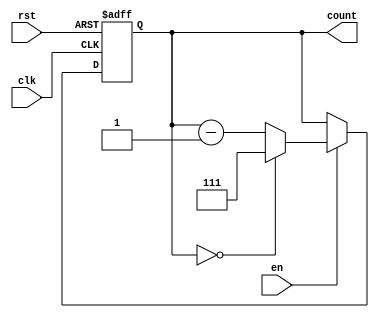
module DownCounterMoore (
    input wire clk,      // Clock input
    input wire rst,      // Asynchronous reset (active high)
    input wire en,       // Enable signal
    output reg [N-1:0] count // Count output
);
    parameter N = 3; // Number of bits for the counter (can be changed for a different size)

    // State transition logic
    always @(posedge clk or posedge rst) begin
        if (rst) begin
            count <= (1 << N) - 1; // Set to maximum state (N-1)
        end else if (en) begin
            // Decrement the counter
            if (count == 0) begin
                count <= (1 << N) - 1; // Wrap around to N-1
            end else begin
                count <= count - 1; // Decrement by 1
            end
        end
        // If enable is low, retain the current state (no action needed)
    end
endmodule